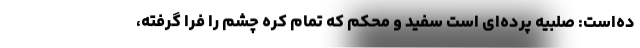
ده‌است: صُلبیه پرده‌ای است سفید و محکم که تمام کره چشم را فرا گرفته،